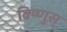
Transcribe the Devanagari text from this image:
विष्णुस्